Bulletin of the Pasteur Institute of Southern India, Coonoor - No. 2.
Year: 1909
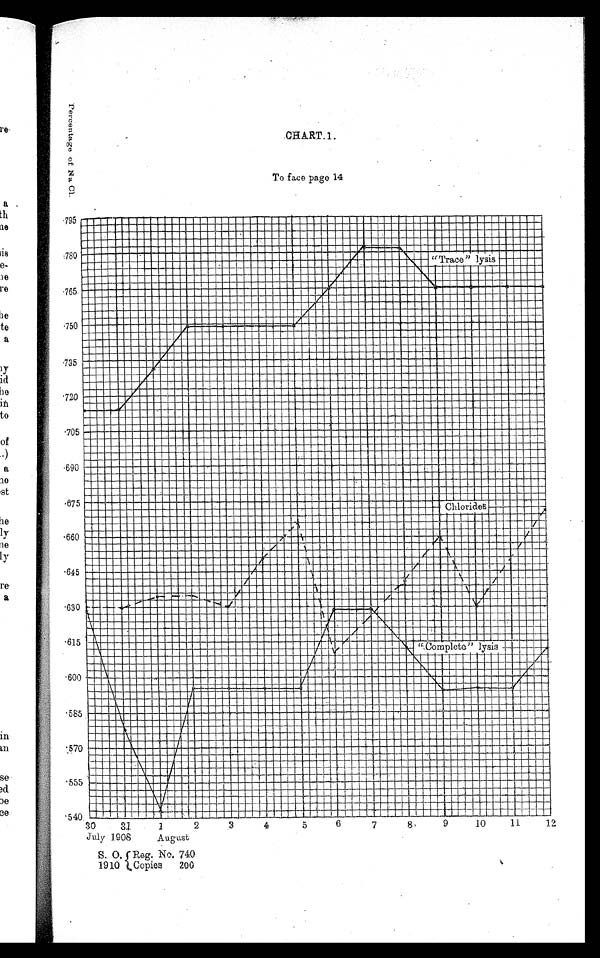
PercentPercentage of Na Cl.
CHART. 1 .
To face page 14
"Trace" lysis
Chlorides
"Complete" lysis
July 1908 August
Reg. No. 740
Copies
200
S. 0.
1910